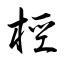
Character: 桱